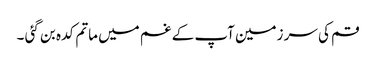
قم کی سر زمین آپ کے غم میں ماتم کدہ بن گئی ۔